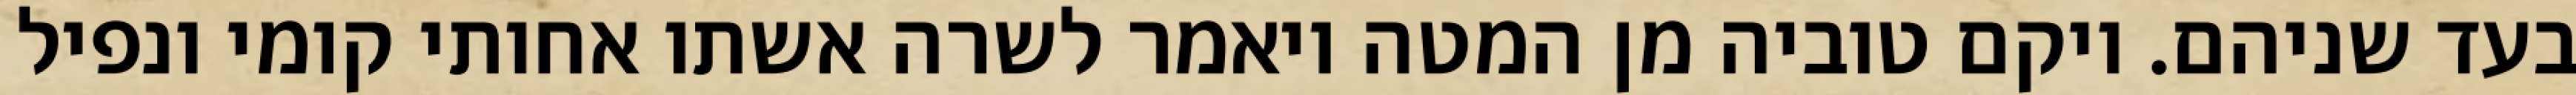
בעד שניהם. ויקם טוביה מן המטה ויאמר לשרה אשתו אחותי קומי ונפיל